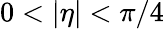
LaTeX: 0<|\eta|<\pi/4